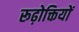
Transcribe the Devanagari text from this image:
रूढ़ोक्तियों